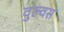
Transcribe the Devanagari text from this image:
वुल्वस